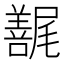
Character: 𰎇